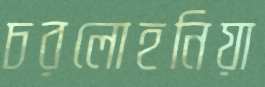
চরলোহনিয়া